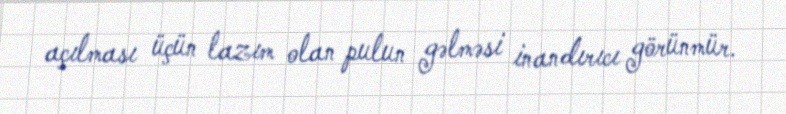
açılması üçün lazım olan pulun gəlməsi inandırıcı görünmür.